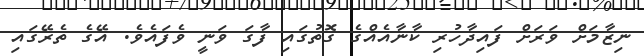
ނިޒާމަށް ވަރަށް ފައިދާހުރި ކާނާއެއްގެ ގޮތުގައި ފާގަ ވަނީ ވެފައެވެ. އޭގެ ތެރޭގައި